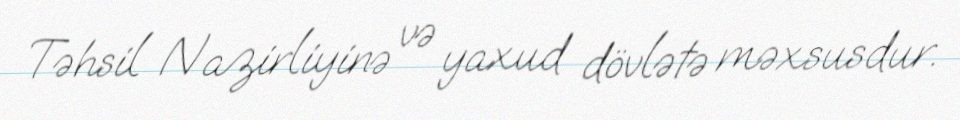
Təhsil Nazirliyinə və yaxud dövlətə məxsusdur.